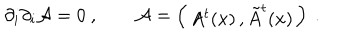
\partial _ { i } \partial _ { i } { \cal A } = 0 \ , \qquad { \cal A } = \left( \begin{matrix} { { A ^ { t } ( x ) \, , \tilde { A } ^ { t } ( x ) } } \\ \end{matrix} \right) \ .